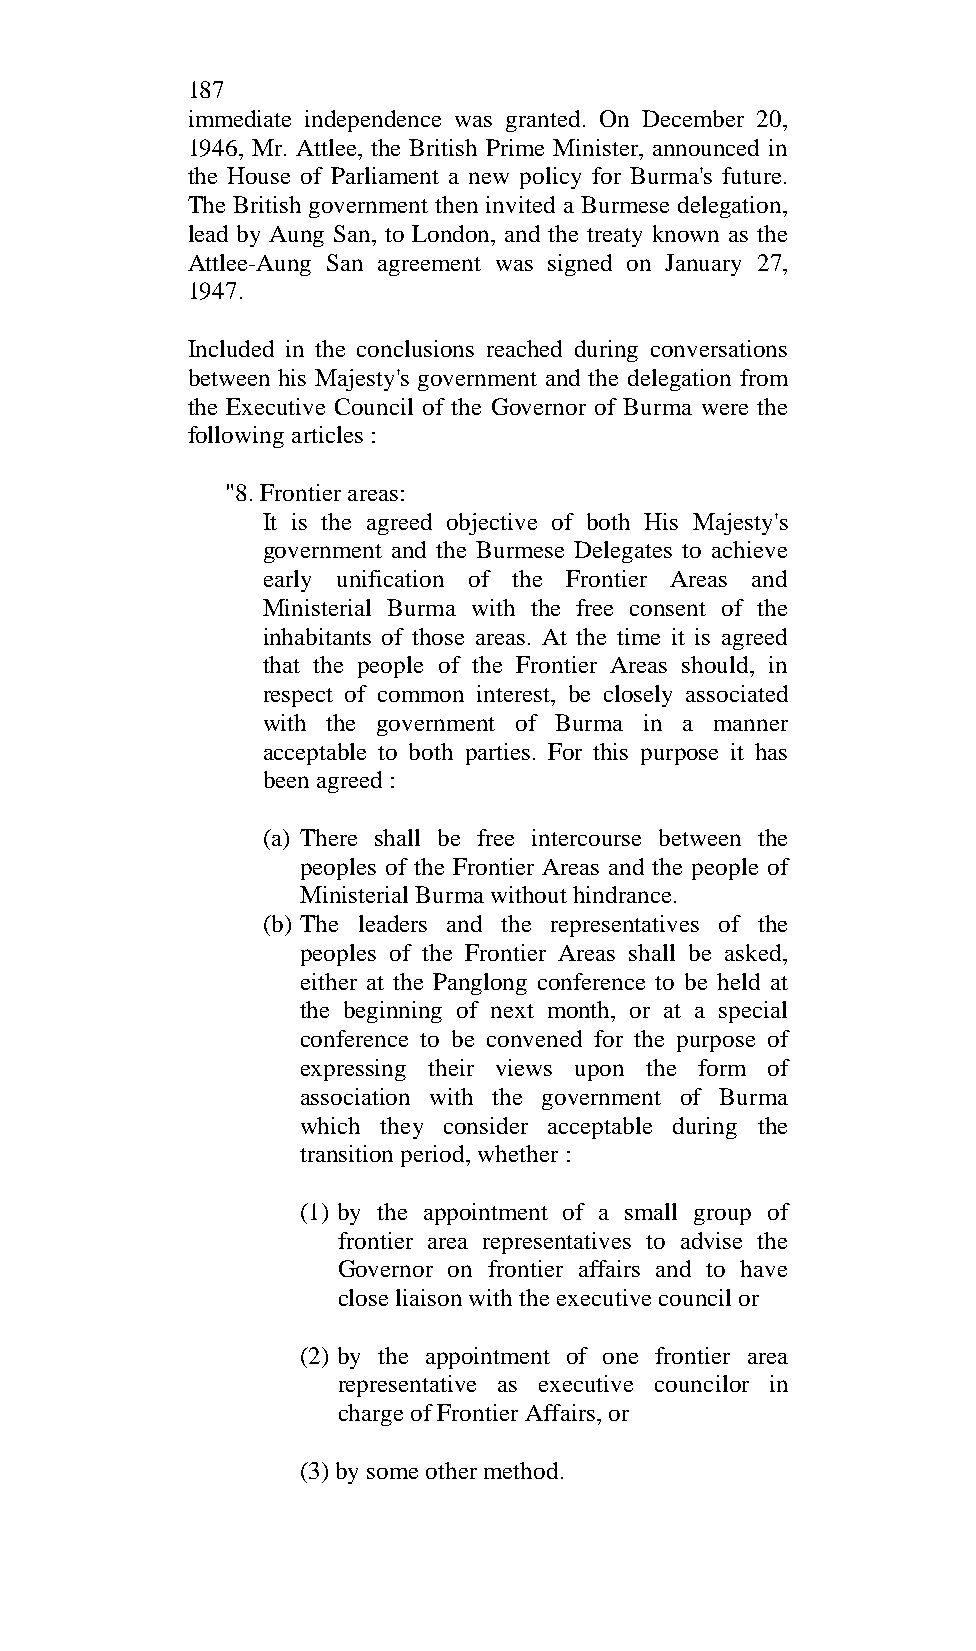
187
 immediate independence was granted. On December 20,
 1946, Mr. Attlee, the British Prime Minister, announced in
 the House of Parliament a new policy for Burma's future.
 The British government then invited a Burmese delegation,
 lead by Aung San, to London, and the treaty known as the
 Attlee-Aung San agreement was signed on January 27,
 1947.
 Included in the conclusions reached during conversations
 between his Majesty's government and the delegation from
 the Executive Council of the Governor of Burma were the
 following articles :
 "8. Frontier areas:
 It is the agreed objective of both His Majesty's
 government and the Burmese Delegates to achieve
 early unification of the Frontier Areas and
 Ministerial Burma with the free consent of the
 inhabitants of those areas. At the time it is agreed
 that the people of the Frontier Areas should, in
 respect of common interest, be closely associated
 with the government of Burma in a manner
 acceptable to both parties. For this purpose it has
 been agreed :
 (a) There shall be free intercourse between the
 peoples of the Frontier Areas and the people of
 Ministerial Burma without hindrance.
 (b) The leaders and the representatives of the
 peoples of the Frontier Areas shall be asked,
 either at the Panglong conference to be held at
 the beginning of next month, or at a special
 conference to be convened for the purpose of
 expressing their views upon the form of
 association with the government of Burma
 which they consider acceptable during the
 transition period, whether :
 (1) by the appointment of a small group of
 frontier area representatives to advise the
 Governor on frontier affairs and to have
 close liaison with the executive council or
 (2) by the appointment of one frontier area
 representative as executive councilor in
 charge of Frontier Affairs, or
 (3) by some other method.